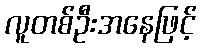
လူတစ်ဦးအနေဖြင့်